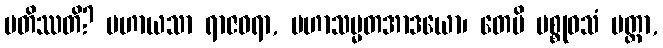
ပတိဿတိ? မဟာယသာ ရာဇဝရာ, မဟာသမ္မတအာဒယော၊ တေပိ မစ္စုဝသံ ပတ္တာ,